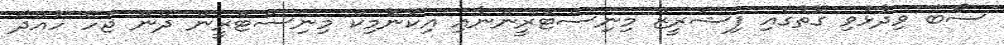
ސޯބެ ވިދާޅުވި ގޮތުގައި ފިޝަރީޒް މިނިސްޓްރީންނާއި އިކޮނޮމިކް މިނިސްޓްރީން ދޭން ޖެހޭ ހުއްދަ